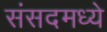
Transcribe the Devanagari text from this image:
संसदमध्ये